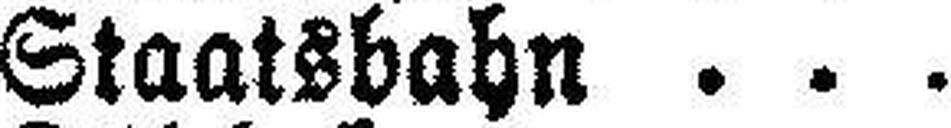
Staatsbahn